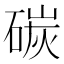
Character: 碳